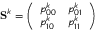
\mathbf { S } ^ { k } = \left( \begin{array} { l l } { p _ { 0 0 } ^ { k } } & { p _ { 0 1 } ^ { k } } \\ { p _ { 1 0 } ^ { k } } & { p _ { 1 1 } ^ { k } } \end{array} \right)